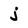
Character: j